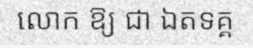
លោក ឱ្យ ជា ឯតទគ្គ